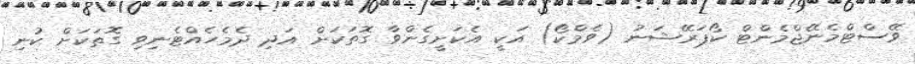
ވޭސްޓްމެނޭޖްމެންޓް ކޯޕަރޭޝަނު (ވެމްކޯ) އަކީ އެކަށީގެންވާ ގޮތަކަށް އަދި ދެމެހެއްޓެނިވި ގޮތަކަށް ކުނި